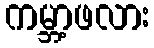
ကမ္ဘာ့ဖလား